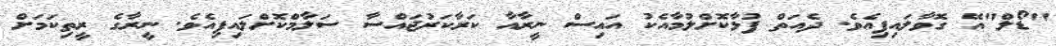
"ޑޯލް"އޭ ގޮވާލައިފިއެވެ. ދެއަތް ފުޅާކޮށްލުމާއެކު އައިސް ނީރާއާ ކަރާކަރުޖައްސާ ސަލާމްކޮށްލައިފިއެވެ. ނީރާގެ ރީތިކަމަށް